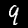
Label: 9